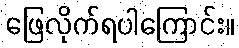
ဖြေလိုက်ရပါကြောင်း။